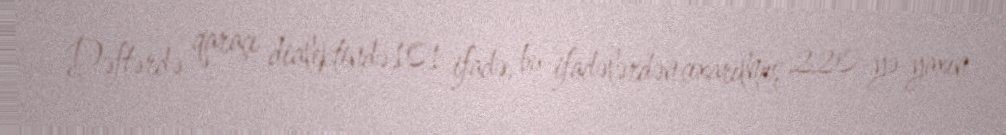
Dəftərdə qaraçı dialektində 101 ifadə, bu ifadələrdən çıxarılmış 220-yə yaxın